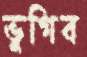
ভুগিব